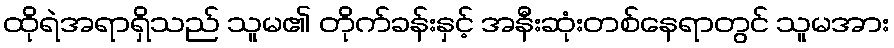
ထိုရဲအရာရှိသည် သူမ၏ တိုက်ခန်းနှင့် အနီးဆုံးတစ်နေရာတွင် သူမအား